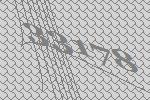
33178